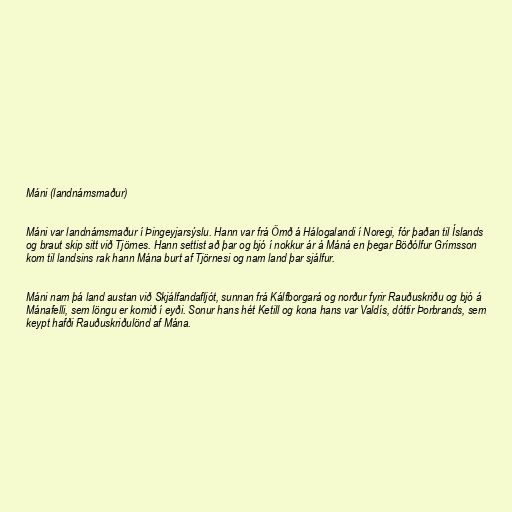
Máni (landnámsmaður)

Máni var landnámsmaður í Þingeyjarsýslu. Hann var frá Ömð á Hálogalandi í Noregi, fór þaðan til Íslands
og braut skip sitt við Tjörnes. Hann settist að þar og bjó í nokkur ár á Máná en þegar Böðólfur Grímsson
kom til landsins rak hann Mána burt af Tjörnesi og nam land þar sjálfur.

Máni nam þá land austan við Skjálfandafljót, sunnan frá Kálfborgará og norður fyrir Rauðuskriðu og bjó á
Mánafelli, sem löngu er komið í eyði. Sonur hans hét Ketill og kona hans var Valdís, dóttir Þorbrands, sem
keypt hafði Rauðuskriðulönd af Mána.